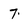
Character: 7